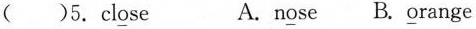
（）5.cl\underline{o}se A.n\underline{o}se B.\underline{o}range